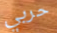
حربي